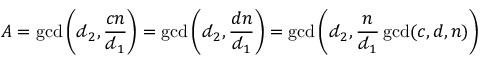
A = \operatorname* { g c d } \left( \mathscr { d } _ { 2 } , \frac { c n } { \mathscr { d } _ { 1 } } \right) = \operatorname* { g c d } \left( \mathscr { d } _ { 2 } , \frac { d n } { \mathscr { d } _ { 1 } } \right) = \operatorname* { g c d } \left( \mathscr { d } _ { 2 } , \frac { n } { \mathscr { d } _ { 1 } } \operatorname* { g c d } ( c , d , n ) \right)